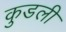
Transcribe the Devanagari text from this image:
कुडली